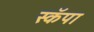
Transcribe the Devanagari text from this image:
स्कॅपा